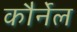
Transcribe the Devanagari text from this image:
कौर्नेल